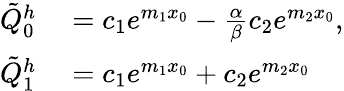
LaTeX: \begin{array}{rl}{\tilde{Q}_{0}^{h}}&{{}=c_{1}e^{m_{1}x_{0}}-\frac{\alpha}{\beta}c_{2}e^{m_{2}x_{0}},}\\ {\tilde{Q}_{1}^{h}}&{{}=c_{1}e^{m_{1}x_{0}}+c_{2}e^{m_{2}x_{0}}}\end{array}